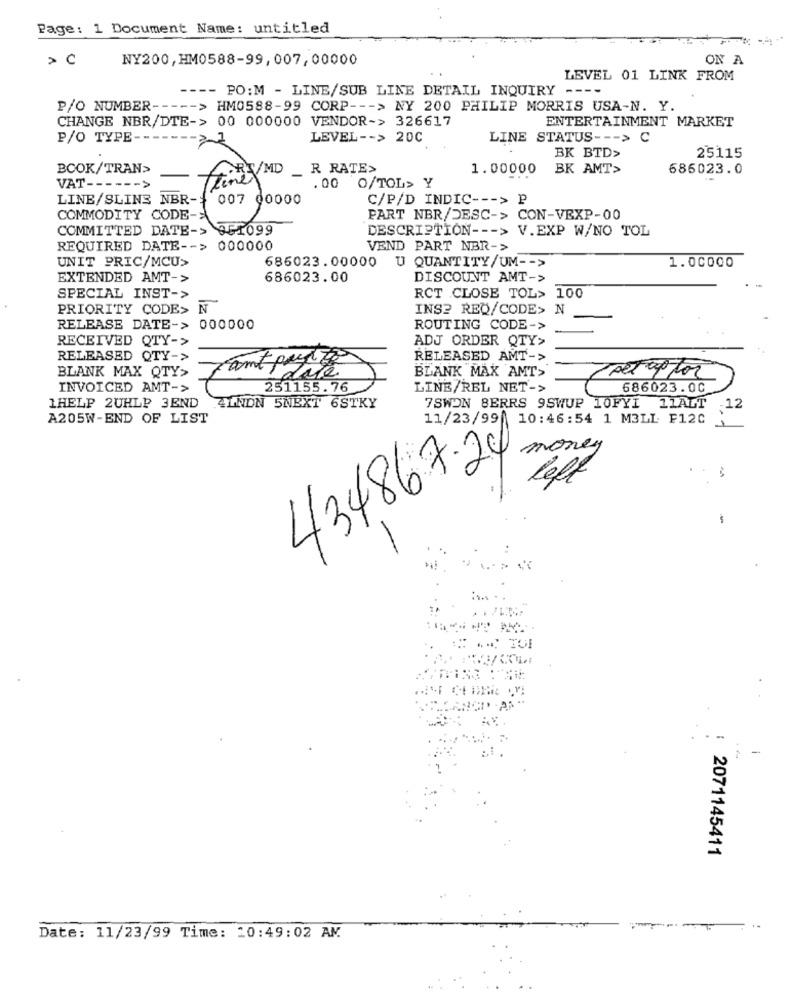
Page: 1 Document Name: untitled
NY200, HM0588-99, 007,00000
ON A
LEVEL 01 LINK FROM
- PO: M - LINE/SUB LINE DETAIL INQUIRY --
--
P/O NUMBER --
-- > HM0588-99 CORP --- > NY 200 PHILIP MORRIS USA-N. Y.
CHANGE NBR/DTE-> 00 000000 VENDOR-> 326617
ENTERTAINMENT MARKET
P/O TYPE -.
LEVEL -- > 20C
LINE STATUS --- > C
BK BTD>
25115
BCOK/TRAN>
RT/MD
_ R RATE>
1.00000
BK AMT>
686023.0
VAT ---
. 00 0/TOL> Y
LINE/SLINE NBR-
C/P/D INDIC --- > P
COMMODITY CODE->
F0 g
PART NBR/DESC-> CON-VEXP-00
COMMITTED DATE-> 351099
DESCRIPTION --- > V.EXP W/NO TOL
REQUIRED DATE -- > 000000
VEND PART NBR->
UNIT PRIC/MCU>
686023.00000 U QUANTITY/UM -- >
1.00000
EXTENDED AMT->
686023.00
DISCOUNT AMT->
SPECIAL INST->
RCT CLOSE TOL> 100
PRIORITY CODE> N
INS? REQ/CODE> N
RELEASE DATE-> 000000
ROUTING CODE->
RECEIVED QTY->
ADJ ORDER QTY>
RELEASED QTY->
RELEASED AMT->
BLANK MAX QTY>
BLANK MAX AMT>
set up for
INVOICED AMT->
251155. 76
LINE/REL NET->
686023.00
1HELP 2UHLP 3END
.4LNON 5NEXT 6STKY
7SWON BERRS 9SWUP 10FYI 11ALT 12
A205W-END OF LIST
11/23/99 10:46:54 1 M3LL: F120
money
434867.24
leff
$
-
.-
-
2071145411
Date: 11/23/99 Time: 20:49:02 AM